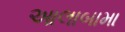
આલાબામા